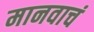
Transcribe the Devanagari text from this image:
मानवाचं